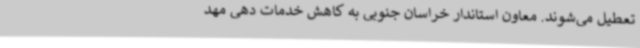
تعطیل می‌شوند. معاون استاندار خراسان جنوبی به کاهش خدمات دهی مهد